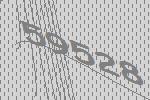
59528